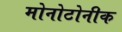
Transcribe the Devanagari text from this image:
मोनोटोनीक